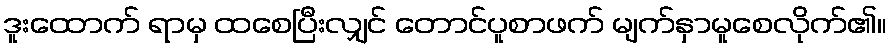
ဒူးထောက် ရာမှ ထစေပြီးလျှင် တောင်ပူစာဖက် မျက်နှာမူစေလိုက်၏။